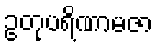
ဥတုပရိဏာမဇာ